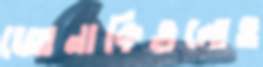
জোনাকিগুলোও